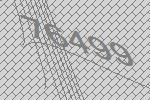
76499